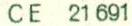
CE 21 691